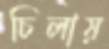
চিলায়